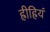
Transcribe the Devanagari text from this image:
ह्रीह्रियं